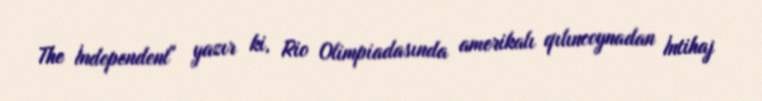
The İndependent" yazır ki, Rio Olimpiadasında amerikalı qılıncoynadan İntihaj